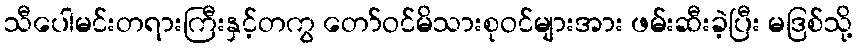
သီပေါမင်းတရားကြီးနှင့်တကွ တော်ဝင်မိသားစုဝင်များအား ဖမ်းဆီးခဲ့ပြီး မဒြစ်သို့